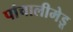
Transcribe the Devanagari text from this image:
पांचालीमेडू